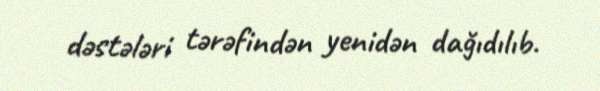
dəstələri tərəfindən yenidən dağıdılıb.